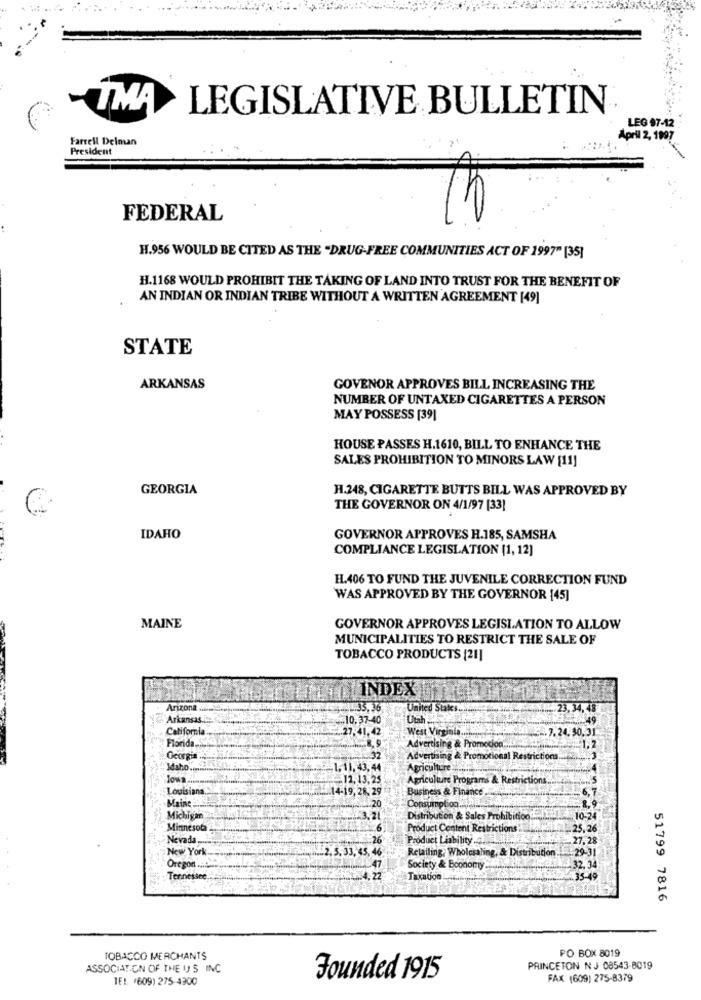
LEGISLATIVE BULLETIN
LEG 97-12
Farrell Delman
April 2, 1997
President
FEDERAL
H.956 WOULD BE CITED AS THE "DRUG-FREE COMMUNITIES ACT OF 1997" [35]
H.1168 WOULD PROHIBIT THE TAKING OF LAND INTO TRUST FOR THE BENEFIT OF
AN INDIAN OR INDIAN TRIBE WITHOUT A WRITTEN AGREEMENT [49]
STATE
ARKANSAS
GOVENOR APPROVES BILL INCREASING THE
NUMBER OF UNTAXED CIGARETTES A PERSON
MAY POSSESS [39]
HOUSE PASSES H.1610, BILL TO ENHANCE THE
SALES PROHIBITION TO MINORS LAW [11]
GEORGIA
H.248, CIGARETTE BUTTS BILL WAS APPROVED BY
THE GOVERNOR ON 4/1/97 [33]
IDAHO
GOVERNOR APPROVES H.185, SAMSHA
COMPLIANCE LEGISLATION (1, 12]
H.406 TO FUND THE JUVENILE CORRECTION FUND
WAS APPROVED BY THE GOVERNOR 145]
MAINE
GOVERNOR APPROVES LEGISLATION TO ALLOW
MUNICIPALITIES TO RESTRICT THE SALE OF
TOBACCO PRODUCTS [21]
INDEX
Arizona .C
5.36
United Suke ......... .. .... ... : 2 23, 34, 48
Arkansas .:
10.37-40
Utal
California
FEHLER. 7. 24. 30.31
West Virginia .... med Even
Florida .....
Advertising & Promocion ......
1.2
Georgia .
Advertising & Promotional Restrictions.
Idaho ....
Agriculture
12, 13,25
Agriculture Programs & Restrictions.
Louisiana
14-19,28.29
Business & Finance
Maine 2.
20
-6,7
Consumption. ...
Michigan
3.21
Distribution & Sales Prohibition
10-24
Minnesota
Product Content Restrictions
25,26
Nevada ...
Product Liability .o. L.it
27.28
New York
2.5,33,45,4
Retailing, Wholesaling, & Distribution
:29-31
Oregon ......
Society & Boonomy.
32,34
Tennessee
Taxation L ....
35-49
51799 7816
PO BOX 8019
TOBACCO MERCHANTS
ASSOCIATION OF THE U S INC
PRINCETON N.J 08543-8019
TE !. (609) 275-4300
Founded 1915
FAX (609) 275-8379